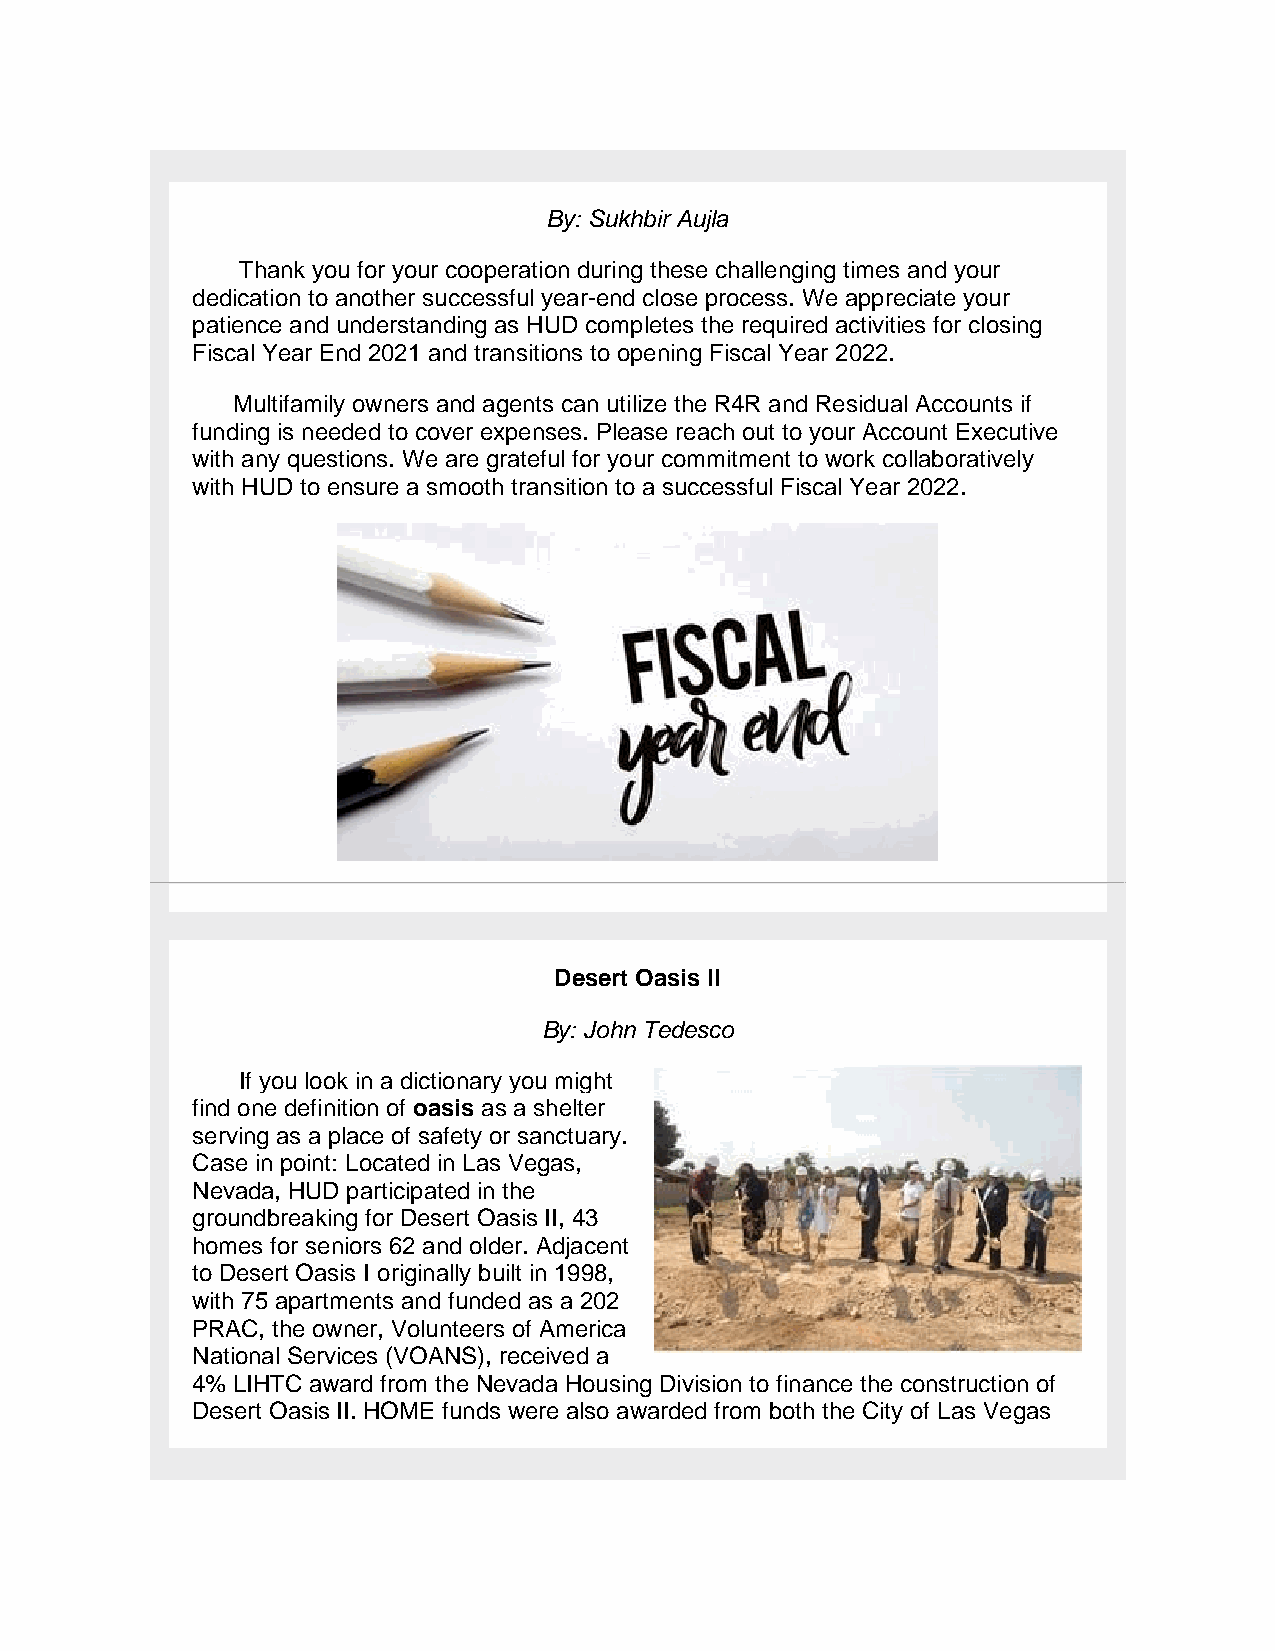
By: Sukhbir Aujla
 Thank you for your cooperation during these challenging times and your
 dedication to another successful year-end close process. We appreciate your
 patience and understanding as HUD completes the required activities for closing
 Fiscal Year End 2021 and transitions to opening Fiscal Year 2022.
 Multifamily owners and agents can utilize the R4R and Residual Accounts if
 funding is needed to cover expenses. Please reach out to your Account Executive
 with any questions. We are grateful for your commitment to work collaboratively
 with HUD to ensure a smooth transition to a successful Fiscal Year 2022.
 Desert Oasis II
 By: John Tedesco
 If you look in a dictionary you might
 find one definition of oasis as a shelter
 serving as a place of safety or sanctuary.
 Case in point: Located in Las Vegas,
 Nevada, HUD participated in the
 groundbreaking for Desert Oasis II, 43
 homes for seniors 62 and older. Adjacent
 to Desert Oasis I originally built in 1998,
 with 75 apartments and funded as a 202
 PRAC, the owner, Volunteers of America
 National Services (VOANS), received a
 4% LIHTC award from the Nevada Housing Division to finance the construction of
 Desert Oasis II. HOME funds were also awarded from both the City of Las Vegas